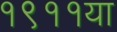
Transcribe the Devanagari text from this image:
१९११या